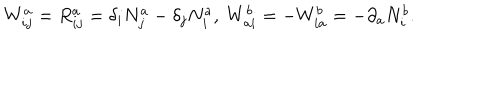
W _ { i j } ^ { a } = R _ { i j } ^ { a } = \delta _ { i } N _ { j } ^ { a } - \delta _ { j } N _ { i } ^ { a } , ~ W _ { a i } ^ { b } = - W _ { i a } ^ { b } = - \partial _ { a } N _ { i } ^ { b } .